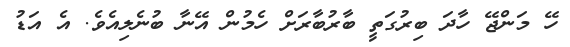
ހޭ މަންޖޭ ހާދަ ބިރުގަތީ ބާރުބާރަށް ހެމުން އޭނާ ބުނެލިއެވެ. އެ އަޑު